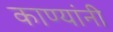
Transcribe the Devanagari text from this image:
काण्यांनी